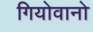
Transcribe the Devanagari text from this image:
गियोवानो